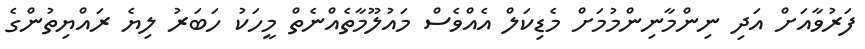
ފަރުވާއަށް އަދި ނިންމާނިންމުމަށް މެޑިކަލް އެއްވެސް މައުލޫމާތެއްނެތް މީހަކު ހަބަރު ލިޔެ ރައްޔިތުންގެ